Resolution. No. 1369 Ex.
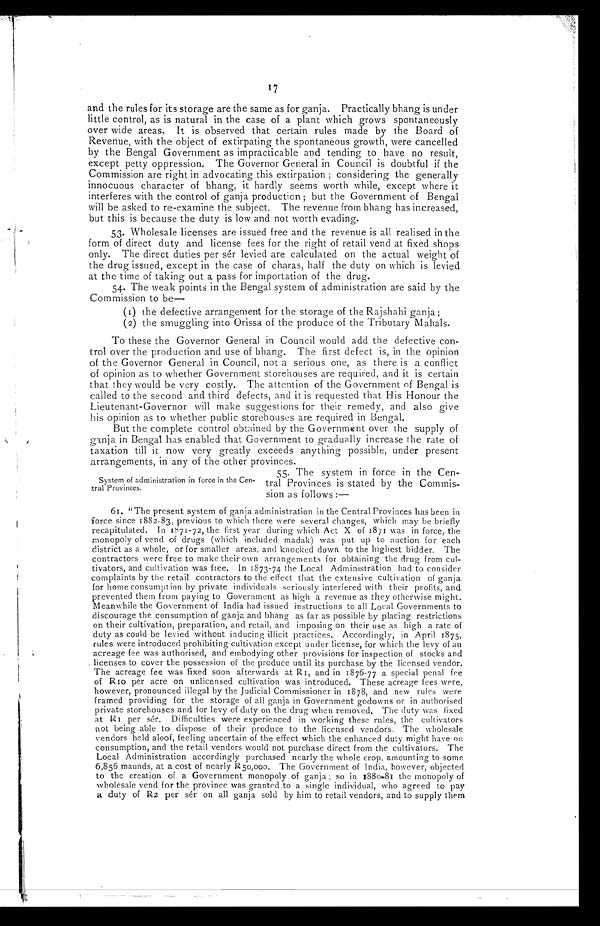
and the rules for its storage are the same as for ganja. Practically bhang is under
little control, as is natural in the case of a plant which grows spontaneously
over wide areas. It is observed that certain rules made by the Board of
Revenue, with the object of extirpating the spontaneous growth, were cancelled
by the Bengal Government as impracticable and tending to have no result,
except petty oppression. The Governor General in Council is doubtful if the
Commission are right in advocating this extirpation; considering the generally
innocuous character of bhang, it hardly seems worth while, except where it
interferes with the control of ganja production; but the Government of Bengal
will be asked to re-examine the subject. The revenue from bhang has increased,
but this is because the duty is low and not worth evading.
53. Wholesale licenses are issued free and the revenue is all realised in the
form of direct duty and license fees for the right of retail vend at fixed shops
only. The direct duties per sér levied are calculated on the actual weight of
the drug issued, except in the case of charas, half the duty on which is levied
at the time of taking out a pass for importation of the drug.
54. The weak points in the Bengal system of administration are said by the
Commission to be—
(1) the defective arrangement for the storage of the Rajshahi ganja;
(2) the smuggling into Orissa of the produce of the Tributary M ahals.
To these the Governor General in Council would add the defective con-
trol over the production and use of bhang. The first defect is, in the opinion
of the Governor General in Council, not a serious one, as there is a conflict
of opinion as to whether Government storehouses are required, and it is certain
that they would be very costly. The attention of the Government of Bengal is
called to the second and third defects, and it is requested that His Honour the
Lieutenant-Governor will make suggestions for their remedy, and also give
his opinion as to whether public storehouses are required in Bengal.
But the complete control obtained by the Government over the supply of
g anja in Bengal has enabled that Government to gradually increase the rate of
taxation till it now very greatly exceeds anything possible, under present
arrangements, in any of the other provinces.
System of administration in force in the Cen-
t r a l P r o v i n c e s .
5 5 . T h e s y s t e m i n f o r c e i n t h e C e n -
tral Provinces is stated by the Commis-
sion as follows:—
61. "The present system of ganja administration in the Central Provinces has been in
force since 1882-83, previous to which there were several changes, which may be briefly
recapitulated. In 1871-72, the first year during which Act X of 1871 was in force, the
monopoly of vend of drugs (which included madak) was put up to auction for each
district as a whole, or for smaller areas, and knocked down to the highest bidder. The
contractors were free to make their Own arrangements for obtaining the drug from cul--
tivators, and cultivation was free. In 1873-74 the Local Administration had to consider
complaints by the retail contractors to the effect that the extensive cultivation of ganja
for home consumption by private individuals seriously interfered with their profits, and
prevented them from paying to Government as high a revenue as they otherwise might.
Meanwhile the Government of India had issued instructions to all Local Governments to
discourage the consumption of ganja and bhang as far as possible by placing restrictions
on their cultivation, preparation, and retail, and imposing on their use as high a rate of
duty as could be levied without inducing illicit practices. Accordingly, in April 1875,
rules were introduced prohibiting cultivation except under license, for which the levy of an
acreage fee was authorised, and embodying other provisions for inspection of stocks and
licenses to cover the possession of the produce until its purchase by the licensed vendor.
The acreage fee was fixed soon afterwards at R1, and in 1876-77 a special penal fee
of R10 per acre on unlicensed cultivation was introduced. These acreage fees were,
however, pronounced illegal by the Judicial Commissioner in 1878, and new rules were
framed providing for the storage of all ganja in Government godowns or in authorised
private storehouses and for levy of duty on the drug when removed. The duty was fixed
at R1 per sér. Difficulties were experienced in working these rules, the cultivators
not being able to dispose of their produce to the licensed vendors. The wholesale
vendors held aloof, feeling uncertain of the effect which the enhanced duty might have on
consumption, and the retail vendors would not purchase direct from the cultivators. The
Local Administration accordingly purchased nearly the whole crop, amounting to some
6,856 maunds, at a cost of nearly R 50,000. The Government of India, however, objected
to the creation of a Government monopoly of ganja; so in 1880-81 the monopoly of
wholesale vend for the province was granted to a single individual, who agreed to pay
a duty of R2 per sér on all ganja sold by him to retail vendors, and to supply them